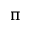
\uppi